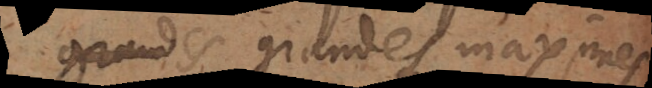
quelques grandes maximes